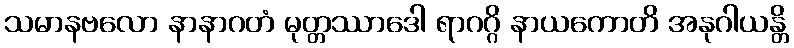
သမာနဗလော နာနာဂတံ မုတ္တဿာဒေါ ရာဂဂ္ဂိ နာယကောတိ အနုဂါယန္တိ